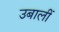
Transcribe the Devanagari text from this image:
उबालीं